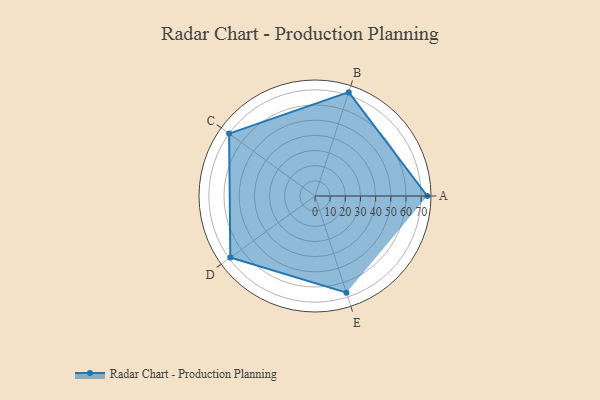
{"axis": {"x": "Skill", "y": "Score"}, "legend": ["Profile"], "data": [{"x": "A", "y": 74.0, "type": "Profile"}, {"x": "B", "y": 72.0, "type": "Profile"}, {"x": "C", "y": 70.0, "type": "Profile"}, {"x": "D", "y": 69.0, "type": "Profile"}, {"x": "E", "y": 67.0, "type": "Profile"}]}